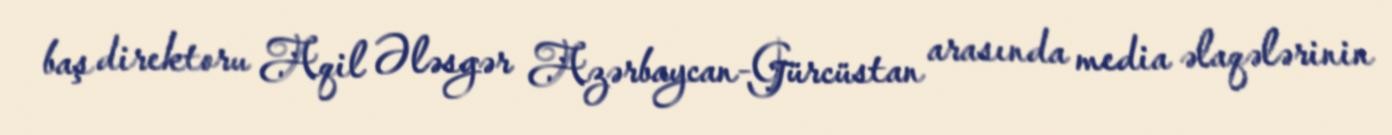
baş direktoru Aqil Ələsgər Azərbaycan-Gürcüstan arasında media əlaqələrinin